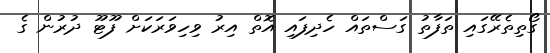
ގޯތިތެރޭގައި ތަފާތު ގަސްތައް ހެދިފައި އޮތް އިރު ވިހިވަރަކަށް ފޫޓޫ ދުރުން ގެ